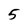
Character: 5